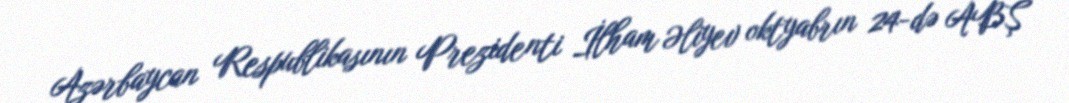
Azərbaycan Respublikasının Prezidenti İlham Əliyev oktyabrın 24-də ABŞ